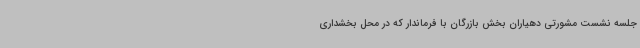
جلسه نشست مشورتی دهیاران بخش بازرگان با فرماندار که در محل بخشداری